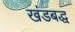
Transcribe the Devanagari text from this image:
खंडबद्ध